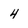
Character: 4